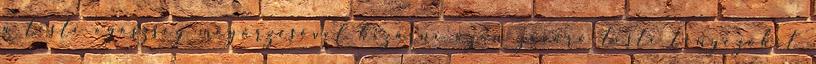
a testi egészség megőrzésével kizárni azon zavaró testi tényezőket